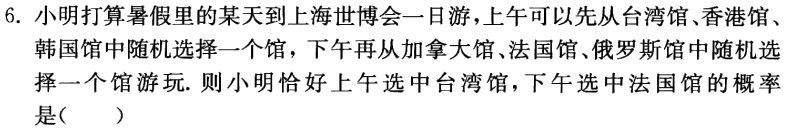
6. 小明打算暑假里的某天到上海世博会一日游，上午可以先从台湾馆、香港馆、韩国馆中随机选择一个馆，下午再从加拿大馆、法国馆、俄罗斯馆中随机选择一个馆游玩. 则小明恰好上午选中台湾馆，下午选中法国馆的概率是(  )